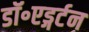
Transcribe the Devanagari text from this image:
डॉ॰एड्गर्टन